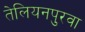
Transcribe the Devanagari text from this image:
तेलियनपुरवा